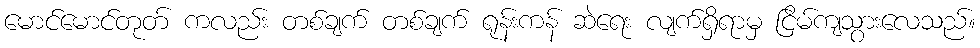
မောင်မောင်တုတ် ကလည်း တစ်ချက် တစ်ချက် ရုန်းကန် ဆဲရေး လျက်ရှိရာမှ ငြိမ်ကျသွားလေသည်။